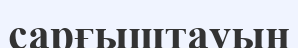
сарғыштауын